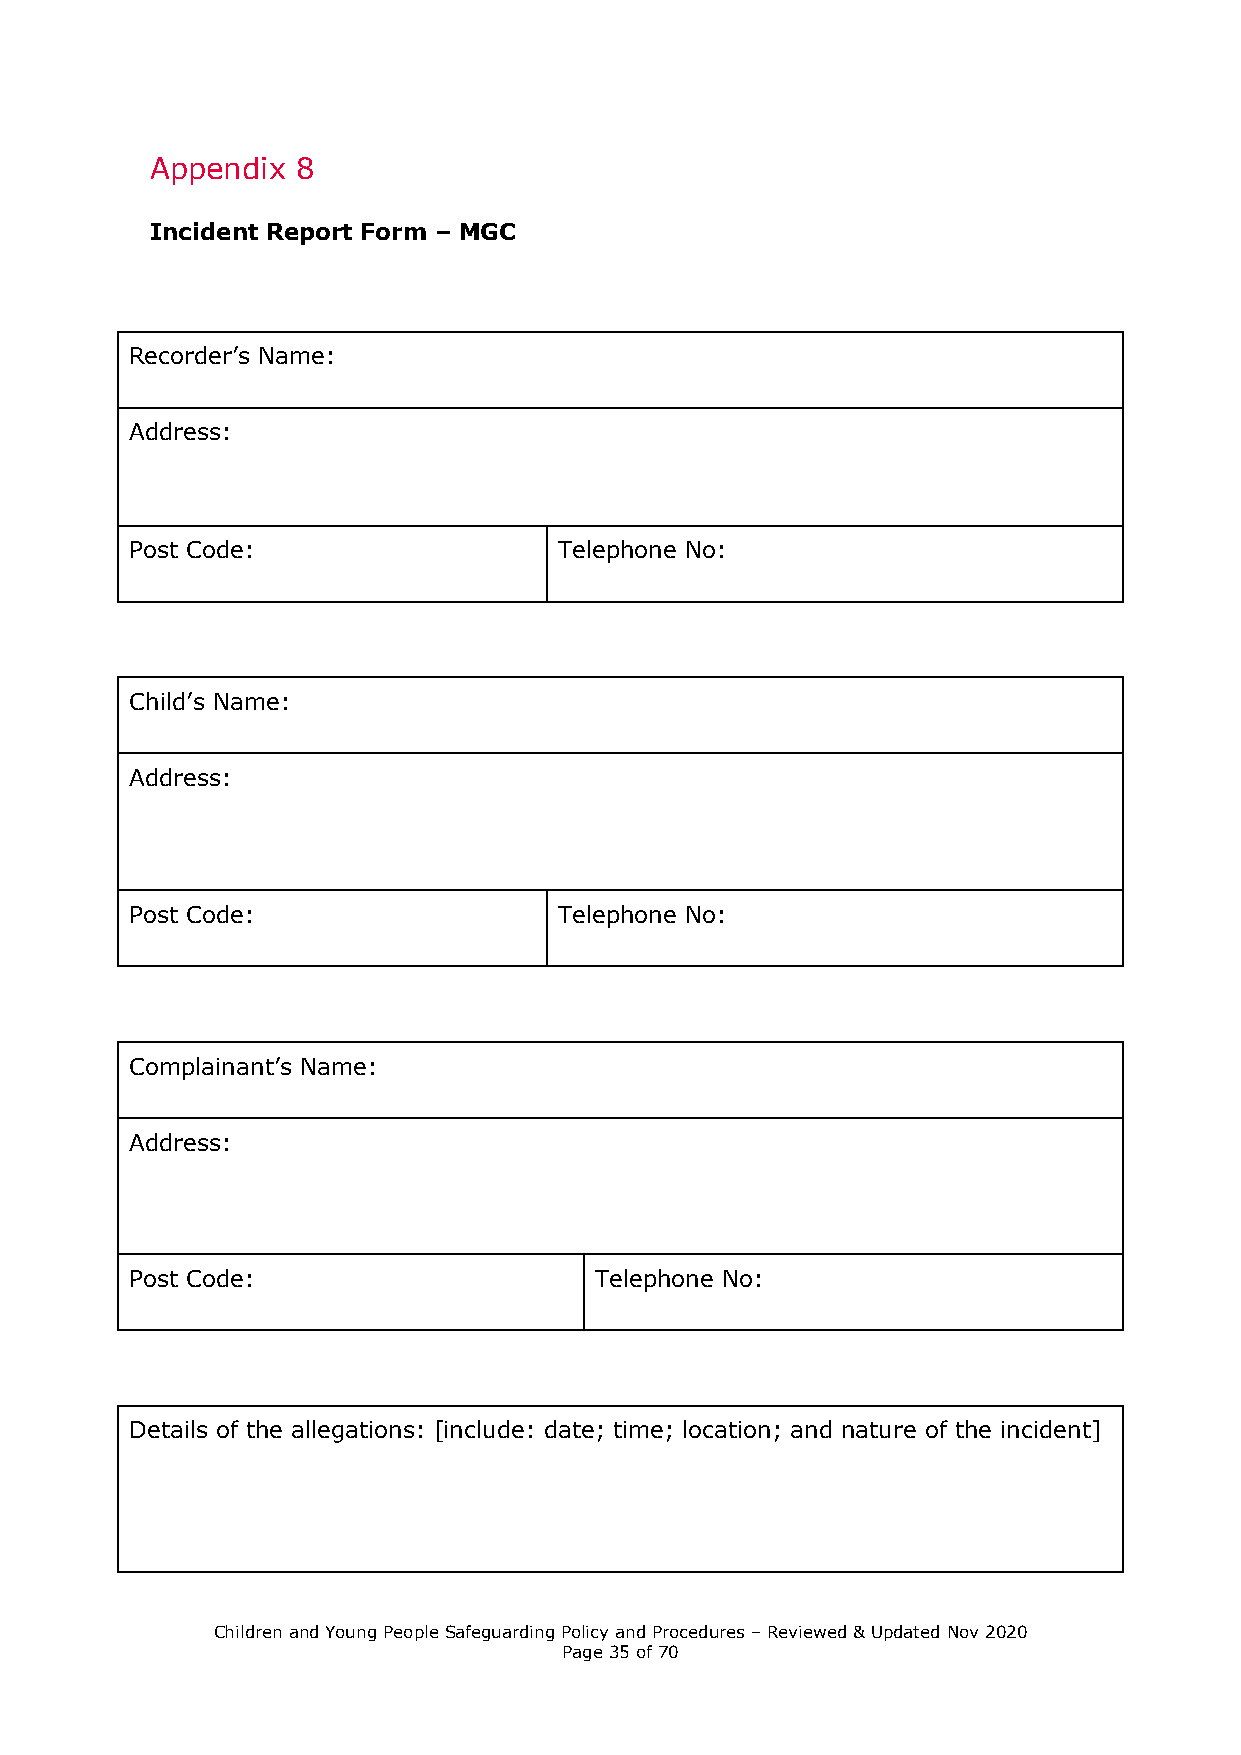
Appendix  8
 Incident Report Form – MGC
 Recorder’s Name:
 Address:
 Post Code:                  Telephone No:
 Child’s Name:
 Address:
 Post Code:                  Telephone No:
 Complainant’s Name:
 Address:
 Post Code:                    Telephone No:
 Details of the allegations: [include: date; time; location; and nature of the incident]
 Children and Young People Safeguarding Policy and Procedures – Reviewed & Updated Nov 2020
 Page 35 of 70